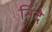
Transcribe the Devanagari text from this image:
निंदे